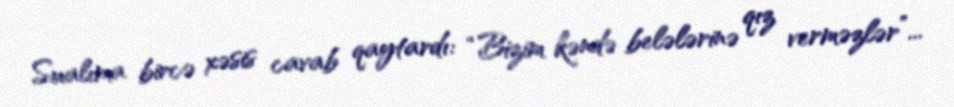
Sualıma bircə xəsis cavab qaytardı: “Bizim kəndə belələrinə qız verməzlər”...